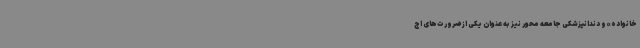
خانواده» و دندانپزشکی جامعه محور نیز به عنوان یکی از ضرورت‌های اج